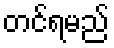
တင်ရမည်